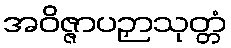
အဝိဇ္ဇာပဉှာသုတ္တံ